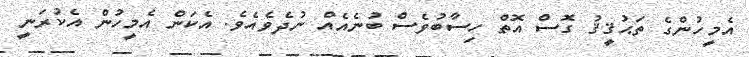
އެމީހުންގެ ތަޙުޤީޤު ގޮސް އޮތް ހިސާބުވެސް ބުނެއެއް ނުދެވެއެވެ. އެކަން އެމީހުން އެކުރަނީ